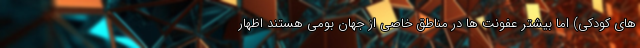
های کودکی) اما بیشتر عفونت ها در مناطق خاصی از جهان بومی هستند اظهار